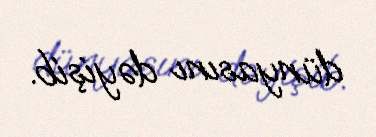
dünyasını dəyişib.